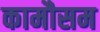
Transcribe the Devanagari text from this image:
कामौसम